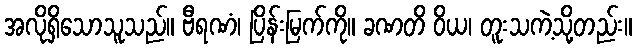
အလိုရှိသောသူသည်။ ဗီရဏံ၊ ပြိန်းမြက်ကို။ ခဏတိ ဝိယ၊ တူးသကဲ့သို့တည်း။